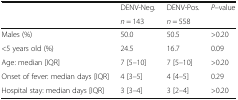
| <ROWSPAN=2>  | DENV-Neg. | DENV-Pos. | <ROWSPAN=2> P–value |
 | n = 143 | n = 558 |
 | --- | --- | --- | --- |
 | Males (%) | 50.0 | 50.5 | >0.20 |
 | <5 years old (%) | 24.5 | 16.7 | 0.09 |
 | Age: median [IQR] | 7 [5–10] | 7 [5–10] | >0.20 |
 | Onset of fever: median days [IQR] | 4 [3–5] | 4 [4–5] | 0.29 |
 | Hospital stay: median days [IQR] | 3 [3–4] | 3 [2–4] | >0.20 |